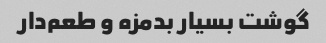
گوشت بسیار بدمزه و طعم‌دار